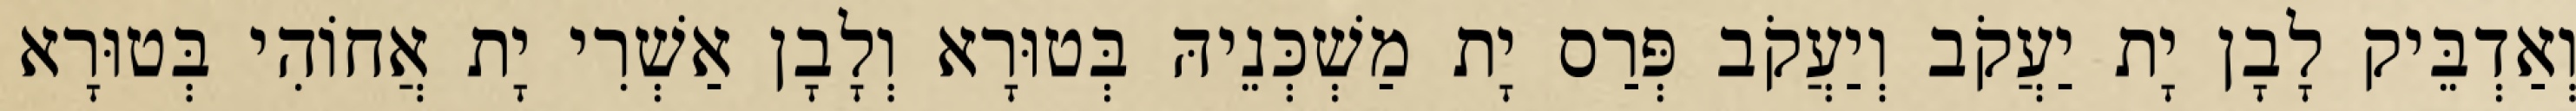
וְאַדְבֵּיק לָבָן יָת יַעֲקֹב וְיַעֲקֹב פְּרַס יָת מַשְׁכְּנֵיהּ בְּטוּרָא וְלָבָן אַשְׁרִי יָת אֲחוֹהִי בְּטוּרָא